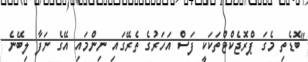
"ބޮޑެތި މެގަ ޕްރޮޖެކްޓްތަކަކީ ފަސް އަހަރުގެ ތެރޭގައި ނިންމައި އޭގެ ނަފާ ލިބޭނެ